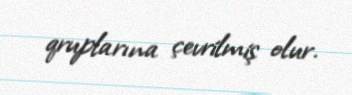
qruplarına çevrilmiş olur.